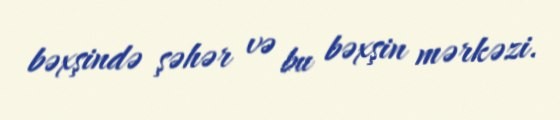
bəxşində şəhər və bu bəxşin mərkəzi.